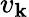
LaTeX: v_{{\mathbf k}}